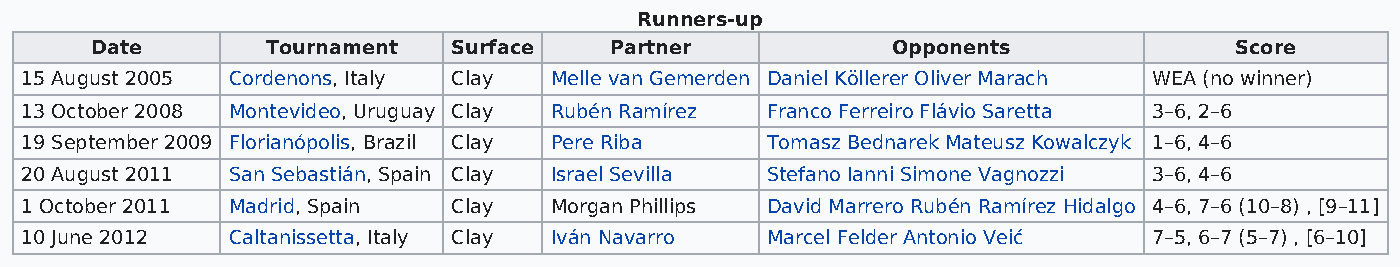
Runners-up
 Date        Tournament  Surface   Partner            Opponents              Score
 15 August 2005 Cordenons, Italy Clay Melle van Gemerden Daniel Köllerer Oliver Marach WEA (no winner)
 13 October 2008 Montevideo, Uruguay Clay Rubén Ramírez Franco Ferreiro Flávio Saretta 3–6, 2–6
 19 September 2009 Florianópolis, Brazil Clay Pere Riba Tomasz Bednarek Mateusz Kowalczyk 1–6, 4–6
 20 August 2011 San Sebastián, Spain Clay Israel Sevilla Stefano Ianni Simone Vagnozzi 3–6, 4–6
 1 October 2011 Madrid, Spain Clay  Morgan Phillips David Marrero Rubén Ramírez Hidalgo 4–6, 7–6 (10–8) , [9–11]
 10 June 2012  Caltanissetta, Italy Clay Iván Navarro Marcel Felder Antonio Veić 7–5, 6–7 (5–7) , [6–10]